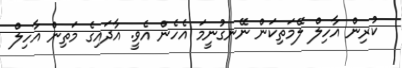
ކުރިން އާހިލް ލޭމަތިކަން ނޭނގުނީމަ އެހެން އެވީ. އާދައިގެ މަތިން އާހިލް